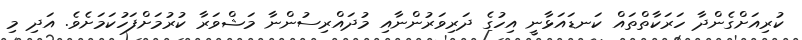
ކުރިއަށްގެންދާ ހަރަކާތްތައް ކަނޑައަޅާނީ އިހުގެ ދަރިވަރުންނާއި މުދައްރިސުންނާ މަޝްވަރާ ކުރުމަށްފަހުކަމަށެވެ. އަދި މި